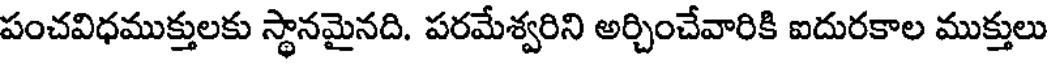
పంచవిధముక్తులకు స్థానమైనది. పరమేశ్వరిని అర్చించేవారికి ఐదురకాల ముక్తులు